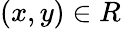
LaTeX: (x,y)\in R